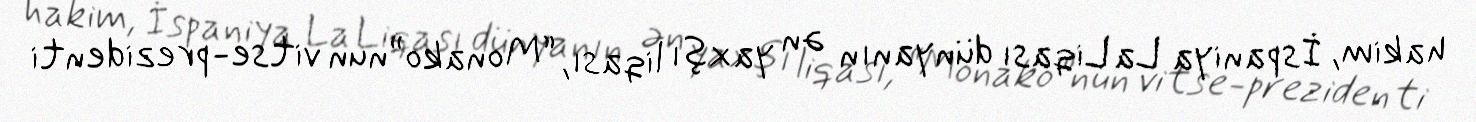
hakim, İspaniya La Liqası dünyanın ən yaxşı liqası, “Monako”nun vitse-prezidenti